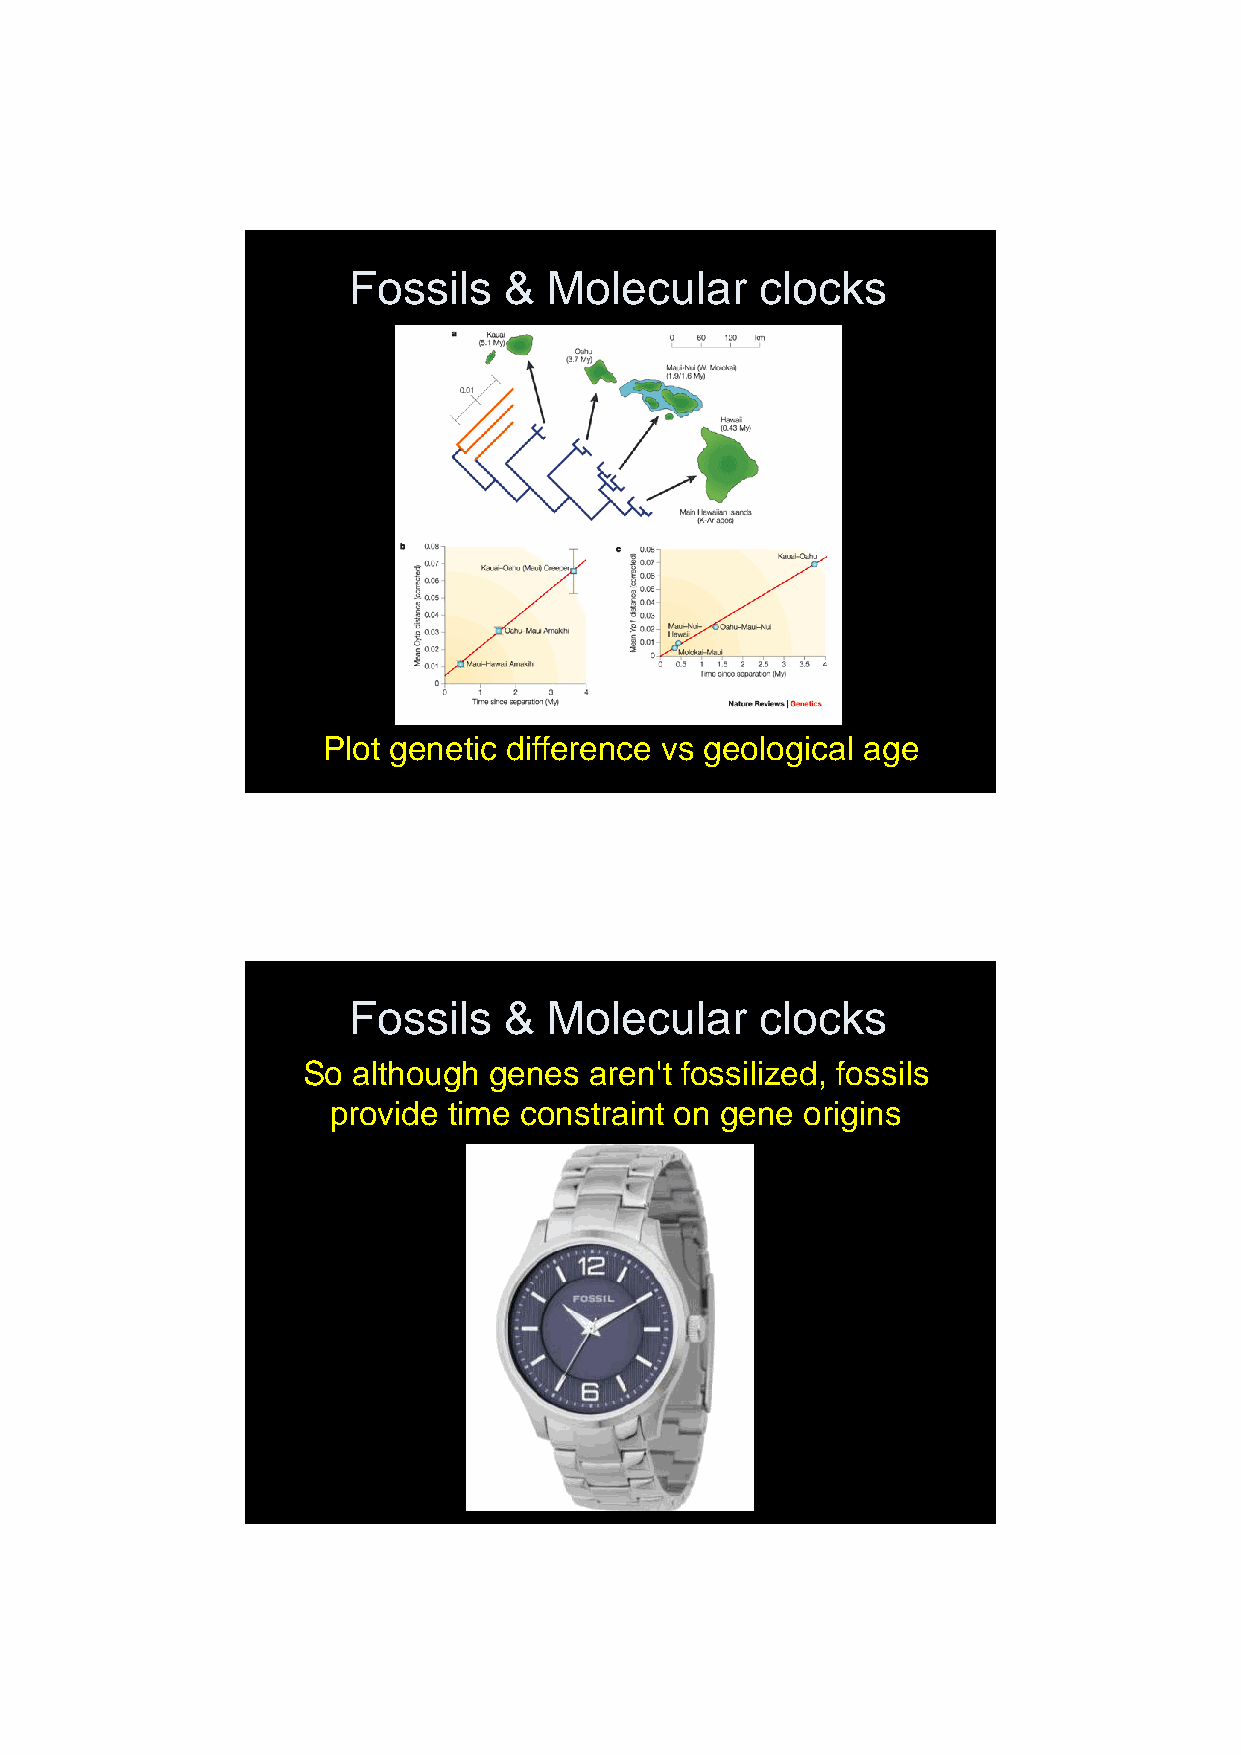
22/01/2013
 Fossils   &  Molecular     clocks
 Plot genetic difference vs geological age
 Fossils   &  Molecular     clocks
 So although genes  aren't fossilized, fossils
 provide time constraint on gene origins
 9